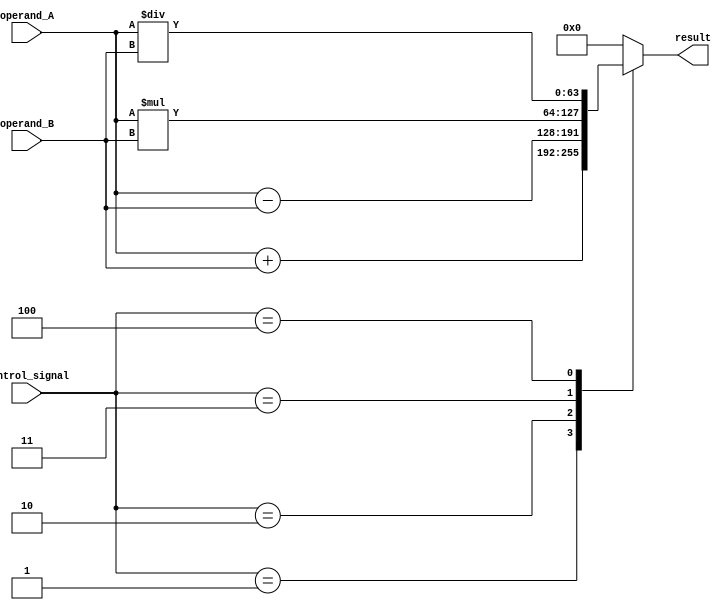
module ALU_64bit (
  input [63:0] operand_A,
  input [63:0] operand_B,
  input [3:0] control_signal,
  output reg [63:0] result
);

  // Adder block
  wire [63:0] add_result;
  assign add_result = operand_A + operand_B;
  
  // Subtractor block
  wire [63:0] sub_result;
  assign sub_result = operand_A - operand_B;
  
  // Multiplier block
  wire [127:0] mul_result;
  assign mul_result = operand_A * operand_B;
  
  // Divider block
  wire [63:0] div_result;
  assign div_result = operand_A / operand_B;
  
  always @(*) begin
    case(control_signal)
      4'b0000: result = 64'b0; // Zero
      4'b0001: result = add_result; // Add
      4'b0010: result = sub_result; // Subtract
      4'b0011: result = mul_result[63:0]; // Multiply (consider 64-bit result only)
      4'b0100: result = div_result; // Divide
      default: result = 64'b0;
    endcase
  end

endmodule